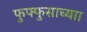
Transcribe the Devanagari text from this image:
फुफ्फुसाच्याा